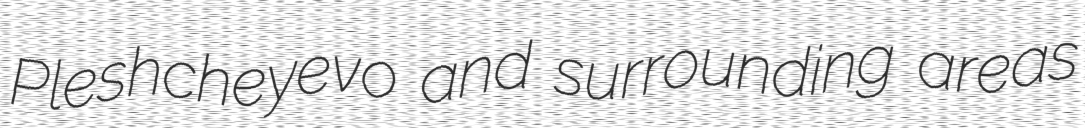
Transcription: Pleshcheyevo and surrounding areas